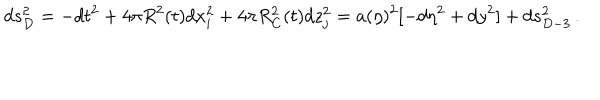
d s _ { D } ^ { 2 } = - d t ^ { 2 } + 4 \pi R ^ { 2 } ( t ) d x _ { i } ^ { 2 } + 4 \pi R _ { C } ^ { 2 } ( t ) d z _ { j } ^ { 2 } = a ( \eta ) ^ { 2 } [ - d \eta ^ { 2 } + d y ^ { 2 } ] + d s _ { D - 3 } ^ { 2 } \, .